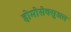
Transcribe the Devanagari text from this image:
होमोसेक्सुअल